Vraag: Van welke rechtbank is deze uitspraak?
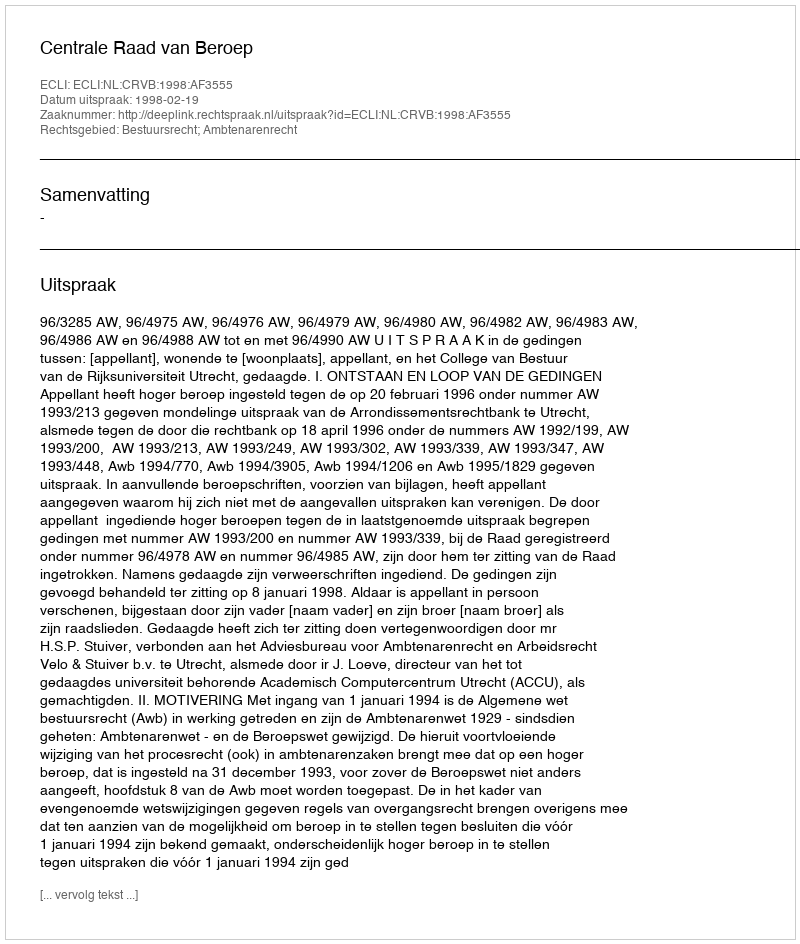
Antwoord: Centrale Raad van Beroep